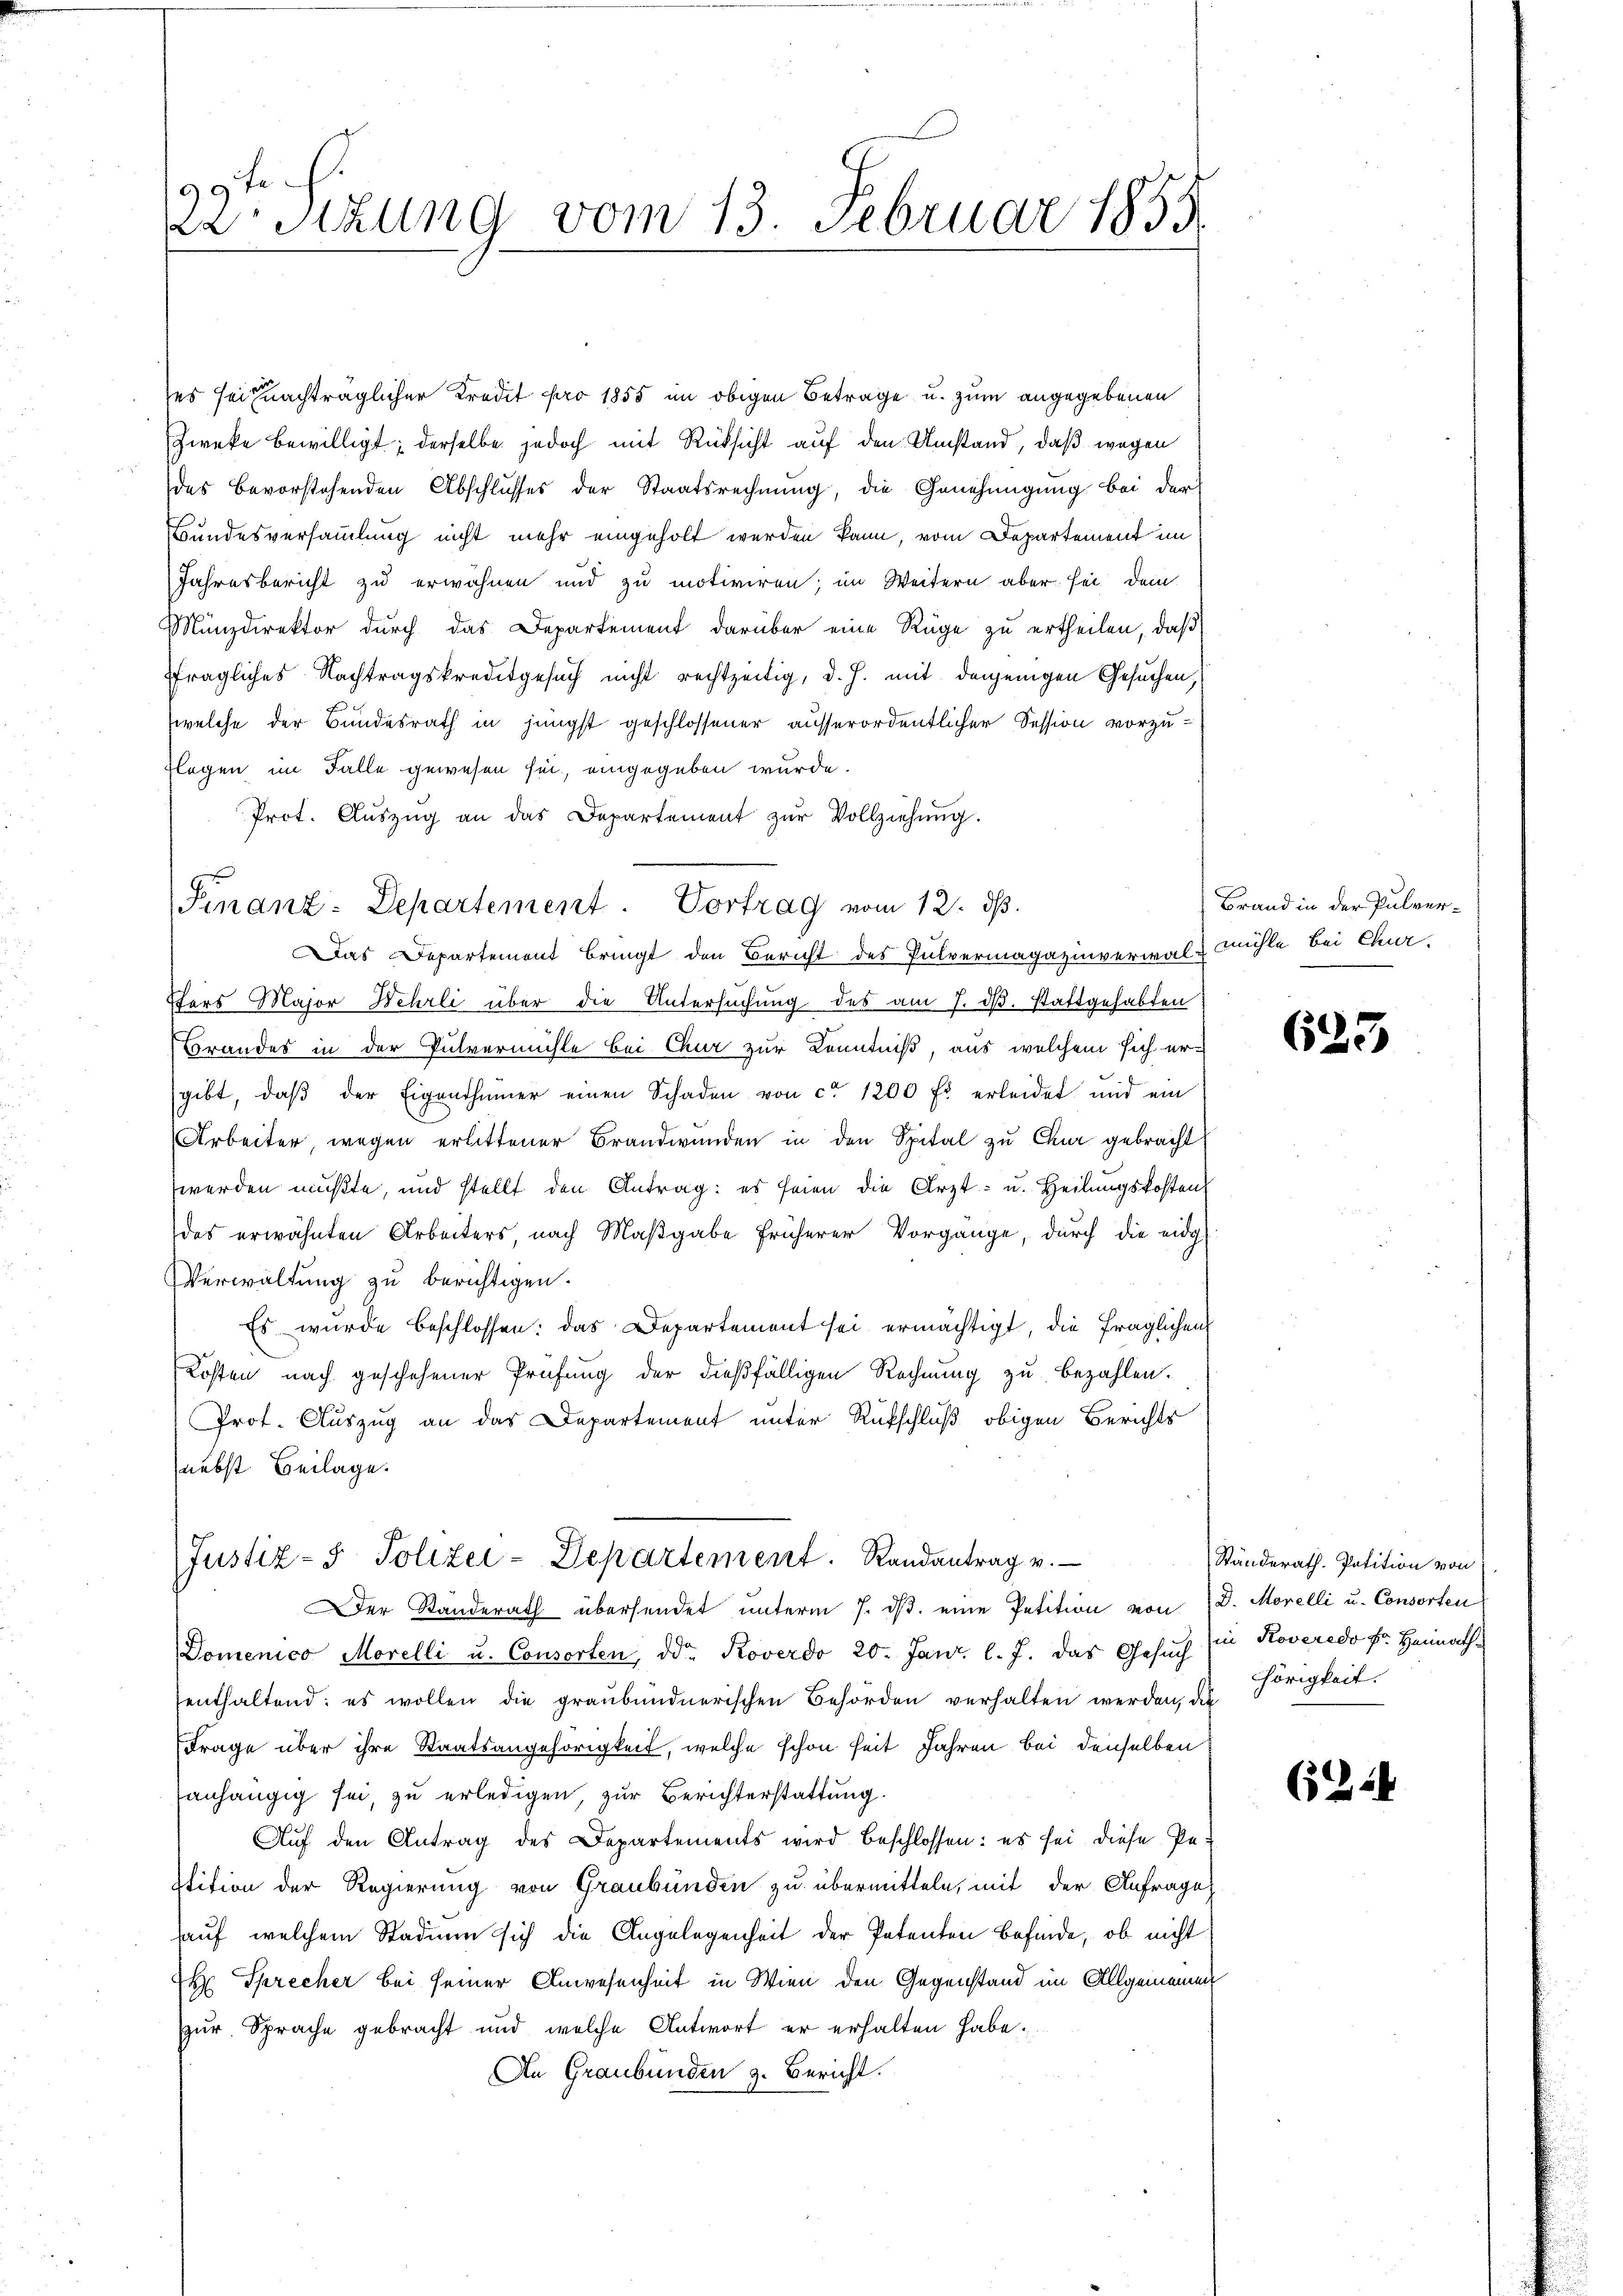
99
 Sizung vom 13. Februar 1855

ses sei nachträglicher Kredit pro 1855 im obigen Betrage u. zum angegebenen
Zwecke bewilligt; derselbe jedoch mit Rücksicht auf den Umstand, daß wegen
des Bevorstehenden Abschlusses der Staatsrechnung, die Genehmigung bei der
Bundesversammlung nicht mehr eingeholt werden kann, vom Departement im
Jahresbericht zu erwähnen und zu motiviren; im Weitern aber sei dem
Münzdirektor durch das Departement darüber eine Rüge zu ertheilen, daß
fragliches Nachtragskreditgesuch nicht rechtzeitig, d. h. mit denjenigen Gesuchen,
welche der Bundesrath in jüngst geschlossener ausserordentlicher Session vorzu¬
Flegen im Falle gewesen sei, eingegeben wurde.
Prot. Aŭszŭg an das Departement zŭr Vollziehŭng.

Finanz-Departement. Vortrag vom 12. ds.
Das Departement bringt den Bericht des Pulvermagazinverwalz mühle bei Chur

Brand in der Pulver¬

Ptors Major Wehrli über die Untersuchung des am 7. ds. stattgehabten
Brandes in der Pulvermühle bei Chur zur Kenntniß, aus welchem sich er-
gibt, daβ der Eigenthümer einen Schaden von ca 1200 fl erleidet und ein
Arbeiter, wegen erlittener Brandwunden in den Spital zu Chur gebracht
werden mußte, und stellt den Antrag: es seien die Arzt- u. Heilungskosten
des erwähnten Arbeiters, nach Maßgabe früherer Vorgänge, durch die eidg
Verwaltung zu berichtigen.
Es wurde beschlossen: das Departement sei ermächtigt, die fraglichen
Kosten nach geschehener Prüfung der dießfälligen Rechnŭng zu bezahlen.
Prot. Auszug an das Departement unter Rückschluß obigen Berichts
nebst Beilage.
Justiz- & Polizei-Departement. Randantrag v.
Der Ständerath übersendet unterm 7. dβ eine Petition von D. Morelli u. Consorten
Domenico Morelli u. Consorten, ddo. Roverdo 20. Janr. l. J. das Gesuch in Roveredo Fr. Heimath
enthaltend: es wollen die graubündnerischen Behörden verhalten werden, die
Frage über ihre Staatsangehörigkeit, welche schon seit Jahren bei denselben
anhängig sei, zu erledigen, zur Berichterstattung.
Auf den Antrag des Departements wird beschlossen: es sei diese Pe-
lition der Regierung von Graubünden zu übermitteln, mit der Anfrage
auf welchem Stadium sich die Angelegenheit der Petenten Befinde, ob nicht
H Sprecher bei seiner Anwesenheit in Wien den Gegenstand im Allgemeinen
zur Sprache gebracht und welche Antwort er erhalten habe.
An Graubünden z. Bericht.

623

Ständerath-Potition von
hörigkeit.

622